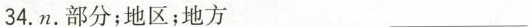
34. n. 部分；地区；地方 ___